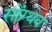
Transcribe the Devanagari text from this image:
सोंग्थेव